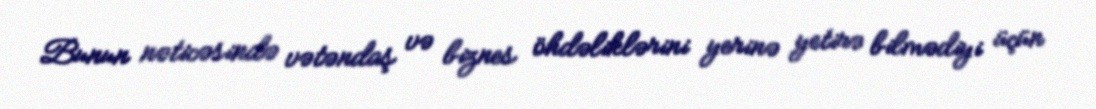
Bunun nəticəsində vətəndaş və biznes öhdəliklərini yerinə yetirə bilmədiyi üçün